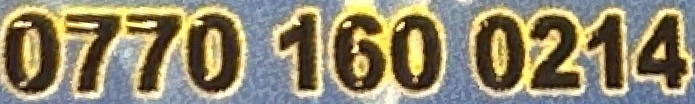
0770 160 0214